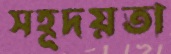
সহূদয়তা